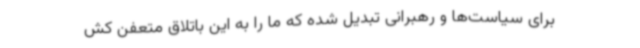
برای سیاست‌ها و رهبرانی تبدیل شده که ما را به این باتلاق متعفن کش